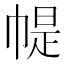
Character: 𢃰